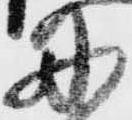
丹